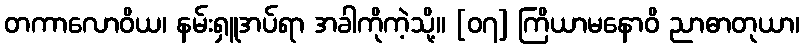
တကာလောဝိယ၊ နမ်းရှူအပ်ရာ အခါကိုကဲ့သို့။ [၀၇] ကြိယာမနောဝိ ညာဓာတုယာ၊